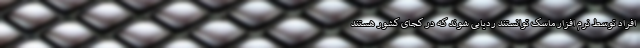
افراد توسط نرم افزار ماسک توانستند ردیابی شوند که در کجای کشور هستند